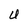
Character: U